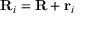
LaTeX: \mathbf { R } _ { i } = \mathbf { R } + \mathbf { r } _ { i }